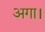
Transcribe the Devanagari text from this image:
अगा।